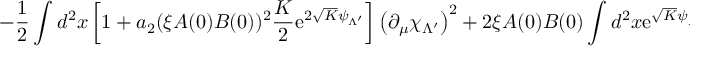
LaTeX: \left. - \frac 1 2 \int d ^ { 2 } x \left[ 1 + a _ { 2 } ( \xi A ( 0 ) B ( 0 ) ) ^ { 2 } \frac { K } { 2 } \mathrm { e } ^ { 2 \sqrt { K } \psi _ { \Lambda ^ { \prime } } } \right] \left( \partial _ { \mu } \chi _ { \Lambda ^ { \prime } } \right) ^ { 2 } + 2 \xi A ( 0 ) B ( 0 ) \int d ^ { 2 } x \mathrm { e } ^ { \sqrt { K } \psi _ { \Lambda ^ { \prime } } } \cos \left( \sqrt { K } \chi _ { \Lambda ^ { \prime } } \right) \right\} ,